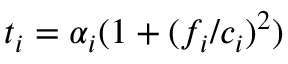
t _ { i } = \alpha _ { i } ( 1 + ( f _ { i } / c _ { i } ) ^ { 2 } )